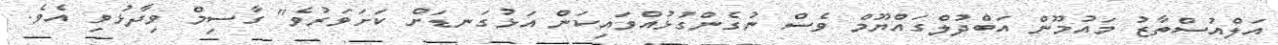
އަލްއުސްތާޒު މައުމޫން އަބްދުލްގައްޔޫމް ވެސް ނުގެންގުޅުއްވައިކަން އަޅުގަނޑަށް ކަށަވަރުވެ" ގާސިމް ވިދާޅުވި އެވެ.